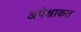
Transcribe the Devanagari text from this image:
अपेक्षाकत